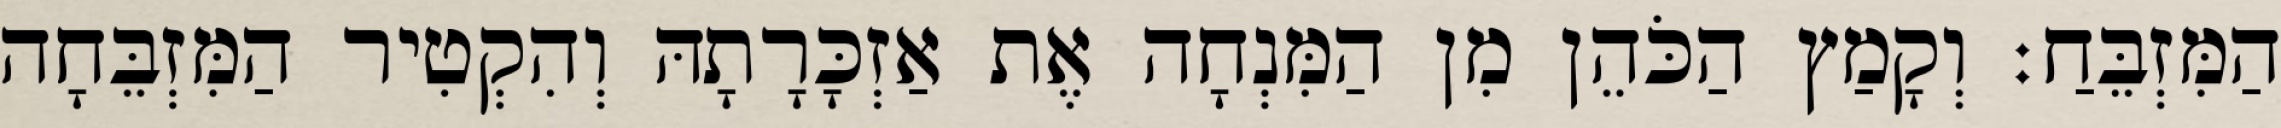
הַמִּזְבֵּחַ׃ וְקָמַץ הַכֹּהֵן מִן הַמִּנְחָה אֶת אַזְכָּרָתָהּ וְהִקְטִיר הַמִּזְבֵּחָה